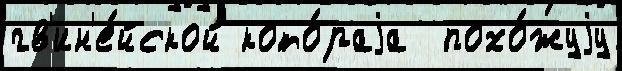
гв'ин'е́йской кото́раjа  похо́жуjу